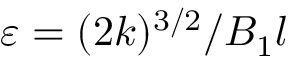
\varepsilon = ( 2 k ) ^ { 3 / 2 } / { B _ { 1 } l }